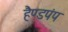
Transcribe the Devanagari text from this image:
हैण्डपंप